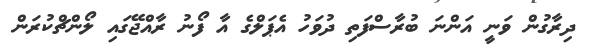
ދިރާގުން ވަނީ އަންނަ ބުރާސްފަތި ދުވަހު އެޕަލްގެ އާ ފޯނު ރާއްޖޭގައި ލޯންޗްކުރަން